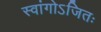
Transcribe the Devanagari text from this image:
स्वांगोऽजितः